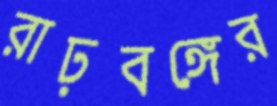
রাঢ়বঙ্গের